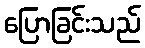
ပြောခြင်းသည်